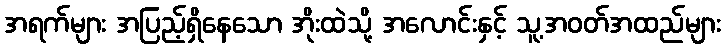
အရက်များ အပြည့်ရှိနေသော အိုးထဲသို့ အလောင်းနှင့် သူ့အဝတ်အထည်များ